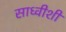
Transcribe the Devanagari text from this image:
साध्वीशी